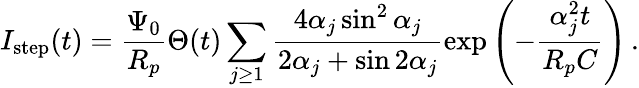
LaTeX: I_{\mathrm{step}}(t)=\frac{\Psi_{0}}{R_{p}}\Theta(t)\sum_{j\ge 1}\frac{4\alpha_{j}\sin^{2}\alpha_{j}}{2\alpha_{j}+\sin 2\alpha_{j}}\exp{\left(-\frac{\alpha_{j}^{2}t}{R_{p}C}\right)}\, .